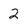
Character: 2